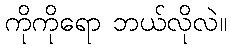
ကိုကိုရော ဘယ်လိုလဲ။